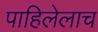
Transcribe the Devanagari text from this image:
पाहिलेलाच